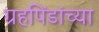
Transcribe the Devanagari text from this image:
ग्रहपिंडांच्या